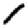
Digit: 1